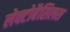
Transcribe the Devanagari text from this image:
लेक्टोबैसिलस